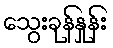
သွေးခုန်နှုန်း